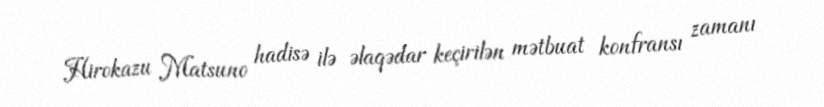
Hirokazu Matsuno hadisə ilə əlaqədar keçirilən mətbuat konfransı zamanı